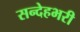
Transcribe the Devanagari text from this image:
सन्देहभरी